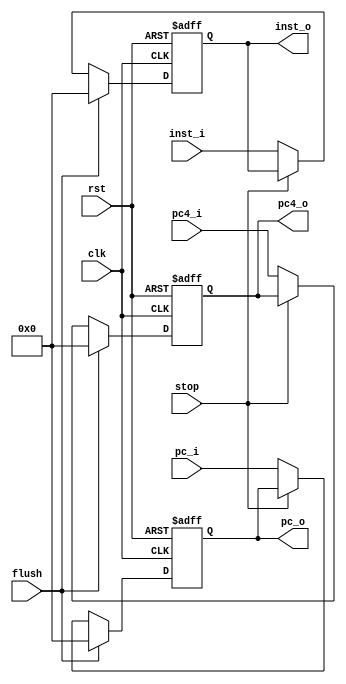
module IF_ID (
    input wire clk,
    input wire rst,
    
    input wire stop,
    input wire flush,
    
    input wire [31:0] pc_i,
    input wire [31:0] pc4_i,
    input wire [31:0] inst_i,
    output reg [31:0] pc_o,
    output reg [31:0] pc4_o,
    output reg [31:0] inst_o
);

always @ (posedge clk or posedge rst) begin
    if (rst) begin
        pc_o <= 32'h0;
        pc4_o <= 32'h0;
        inst_o <= 32'h0;
    end
    else if (flush) begin
        pc_o <= 32'h0;
        pc4_o <= 32'h0;
        inst_o <= 32'h0;
    end
    else if (stop) begin
        pc_o <= pc_o;
        pc4_o <= pc4_o;
        inst_o <= inst_o;
    end
    else begin
        pc_o <= pc_i;
        pc4_o <= pc4_i;
        inst_o <= inst_i;
    end
end

endmodule